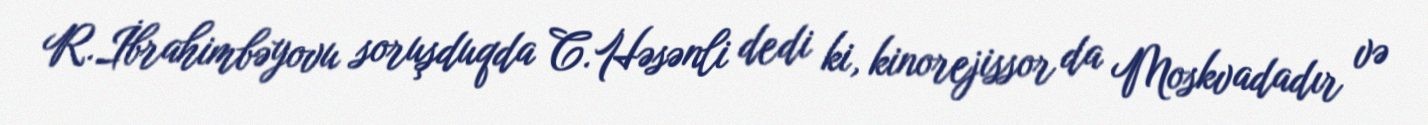
R.İbrahimbəyovu soruşduqda C.Həsənli dedi ki, kinorejissor da Moskvadadır və